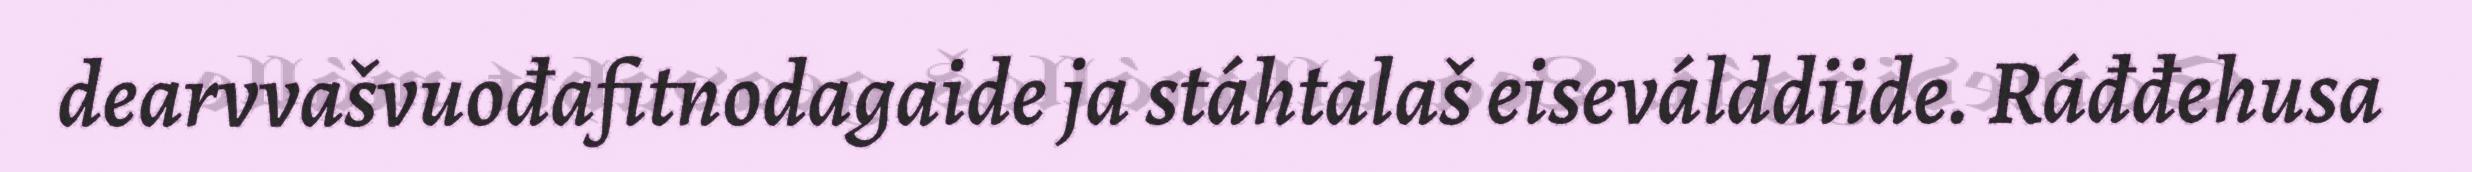
dearvvašvuođafitnodagaide ja stáhtalaš eiseválddiide. Ráđđehusa